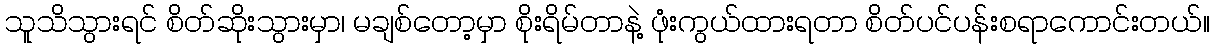
သူသိသွားရင် စိတ်ဆိုးသွားမှာ၊ မချစ်တော့မှာ စိုးရိမ်တာနဲ့ ဖုံးကွယ်ထားရတာ စိတ်ပင်ပန်းစရာကောင်းတယ်။